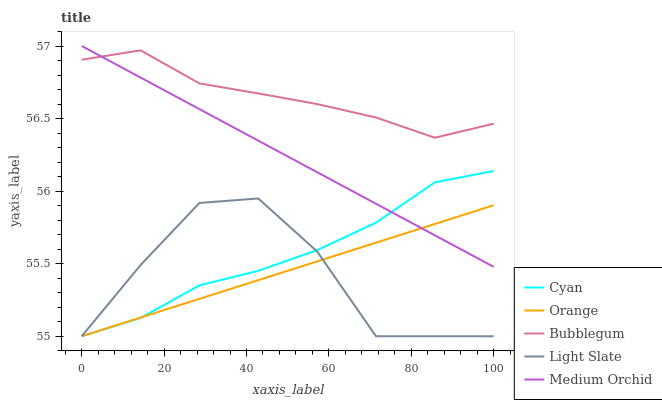
| xaxis_label | Cyan | Orange | Bubblegum | Light Slate | Medium Orchid |
 | --- | --- | --- | --- | --- | --- |
 | 0 | 55 | 55 | 56.9 | 55 | 57 |
 | 14.3 | 55.1 | 55.1 | 57 | 55.5 | 56.8 |
 | 28.6 | 55.4 | 55.3 | 56.7 | 55.9 | 56.6 |
 | 42.9 | 55.5 | 55.4 | 56.7 | 55.9 | 56.3 |
 | 57.1 | 55.6 | 55.5 | 56.6 | 55.6 | 56.1 |
 | 71.4 | 55.8 | 55.6 | 56.5 | 55 | 55.9 |
 | 85.7 | 56.1 | 55.8 | 56.4 | 55 | 55.7 |
 | 100 | 56.1 | 55.9 | 56.5 | 55 | 55.5 |